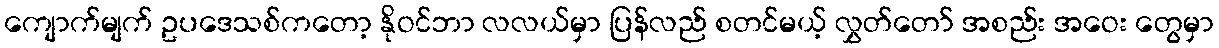
ကျောက်မျက် ဥပဒေသစ်ကတော့ နိုဝင်ဘာ လလယ်မှာ ပြန်လည် စတင်မယ့် လွှတ်တော် အစည်း အဝေး တွေမှာ